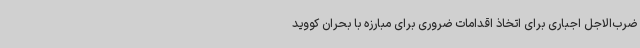
ضرب‌الاجل اجباری برای اتخاذ اقدامات ضروری برای مبارزه با بحران کووید